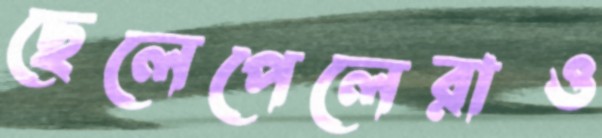
ছেলেপেলেরাও